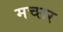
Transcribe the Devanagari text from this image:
मच्‍छर